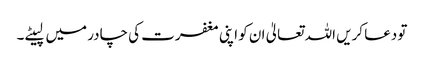
تو دعا کریں اللہ تعالیٰ ان کو اپنی مغفرت کی چادر میں لپیٹے۔